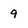
Character: 9